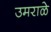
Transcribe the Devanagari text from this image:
उमराळे